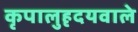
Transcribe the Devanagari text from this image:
कृपालुहृदयवाले